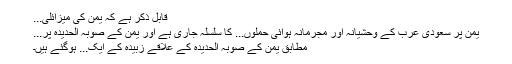
قابل ذکر ہے کہ یمن کی میزائلی...
یمن پر سعودی عرب کے وحشیانہ اور مجرمانہ ہوائی حملوں... کا سلسلہ جاری ہے اور یمن کے صوبہ الحدیدہ پر...
مطابق یمن کے صوبہ الحدیدہ کے علاقے زبیدہ کے ایک... ہوگئے ہیں۔